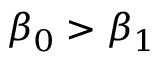
\beta _ { 0 } > \beta _ { 1 }